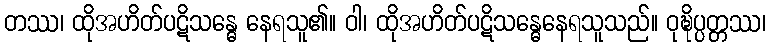
တဿ၊ ထိုအဟိတ်ပဋိသန္ဓေ နေရသူ၏။ ဝါ၊ ထိုအဟိတ်ပဋိသန္ဓေနေရသူသည်။ ဝုဍ္ဎိပ္ပတ္တဿ၊